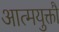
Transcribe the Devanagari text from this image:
आत्मयुक्तौ